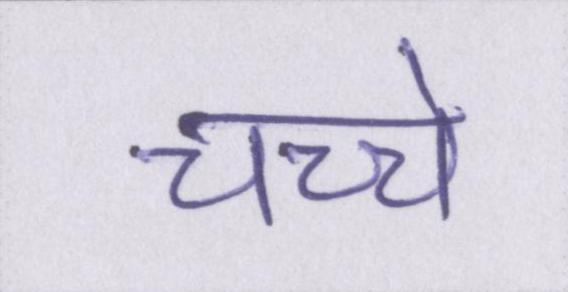
चच्चे